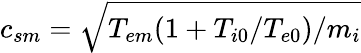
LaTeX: c_{sm}=\sqrt{T_{em}(1+T_{i0}/T_{e0})/m_{i}}